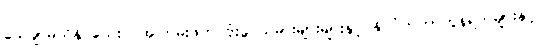
သေချာမသိနိုင်သေးပဲ အကြမ်းဖက် ဗုံးခွဲ သမားများများနှင့် နိုင်ငံတကာကွန်ရက်များနှင့်